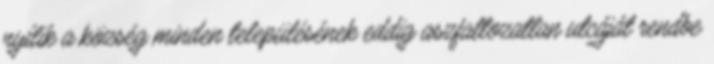
nyílik a község minden településének eddig aszfaltozatlan utcáját rendbe